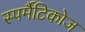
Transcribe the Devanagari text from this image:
स्पर्मैटिकोज